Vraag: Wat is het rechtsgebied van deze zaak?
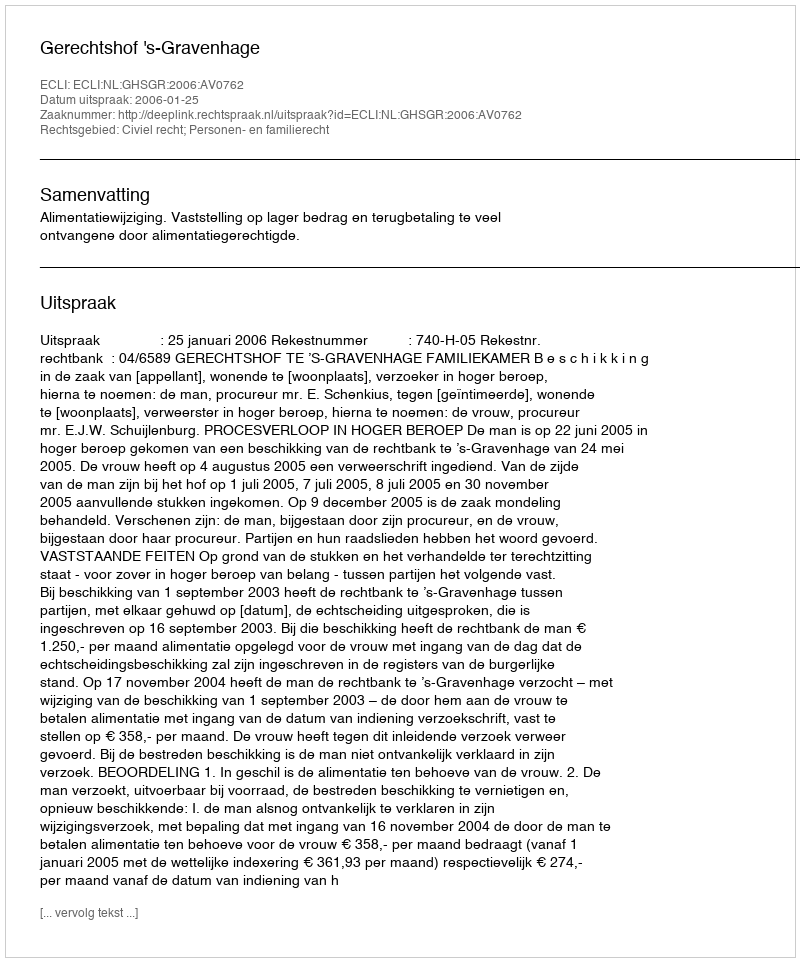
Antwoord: Civiel recht; Personen- en familierecht